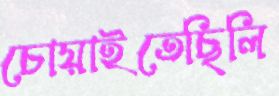
চোয়াইতেছিলি